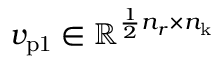
v _ { \mathrm { p 1 } } \in \mathbb { R } ^ { \frac { 1 } { 2 } n _ { r } \times n _ { \mathrm { k } } }